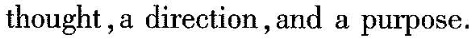
thought, a direction, and a purpose.